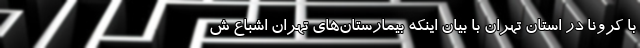
با کرونا در استان تهران با بیان اینکه بیمارستان‌های تهران اشباع ش